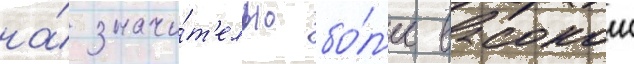
на́ значи́т'ельно бо́л'ее высокои